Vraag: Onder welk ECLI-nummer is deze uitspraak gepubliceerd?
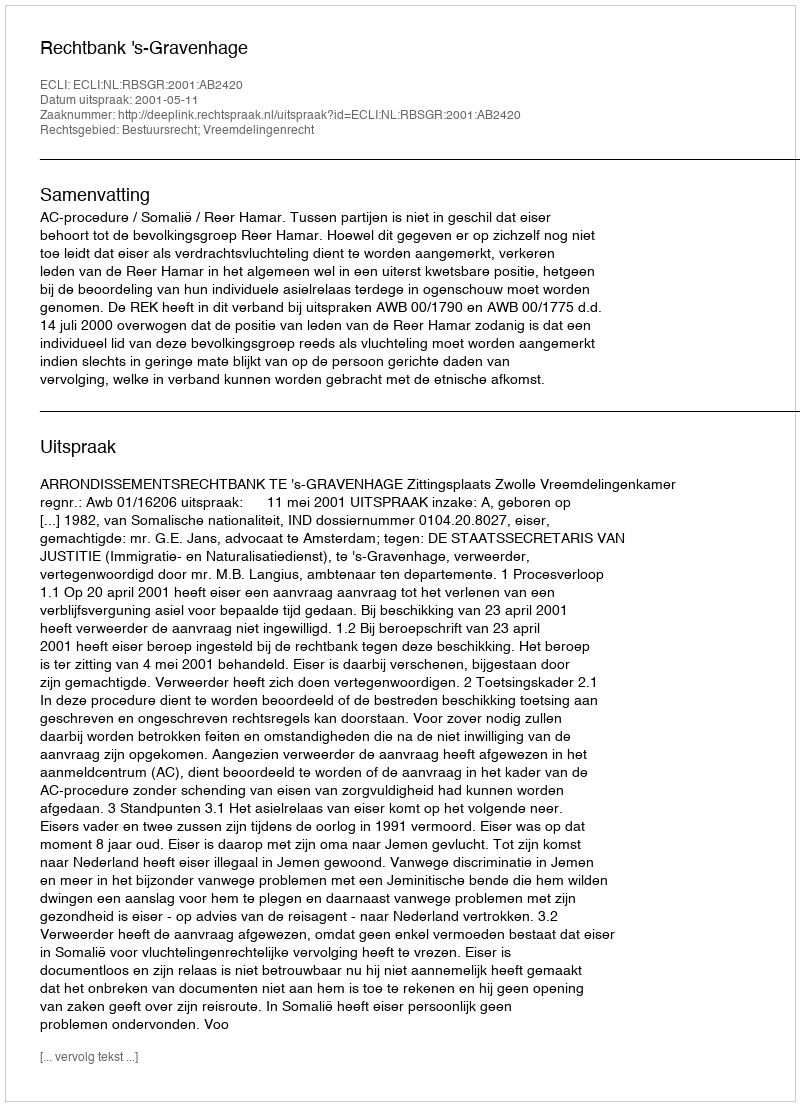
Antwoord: ECLI:NL:RBSGR:2001:AB2420